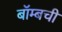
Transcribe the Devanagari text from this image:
बॉम्बची